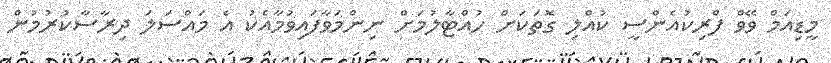
މީޑިއަމް ވޭވް ފްރިކުއެންސީ ކުއްލި ގޮތަކަށް ހުއްޓާލުމަށް ނިންމަވާފައިވުމާއެކު އެ މައްސަލަ ދިރާސާކުރުމުން